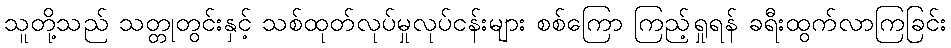
သူတို့သည် သတ္တုတွင်းနှင့် သစ်ထုတ်လုပ်မှုလုပ်ငန်းများ စစ်ကြော ကြည့်ရှုရန် ခရီးထွက်လာကြခြင်း